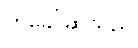
ဟုခေါ်ဆိုသည်